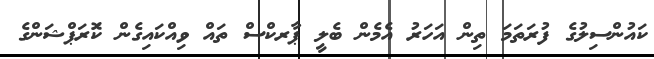
ކައުންސިލުގެ ފުރަތަމަ ތިން އަހަރު އެމެން ބެލީ ޕާރކްސް ތައް ވިއްކައިގެން ކޮަރަޕްޝަންގެ